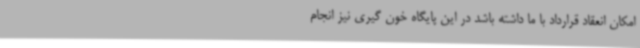
امکان انعقاد قرارداد با ما داشته باشد در این پایگاه خون گیری نیز انجام